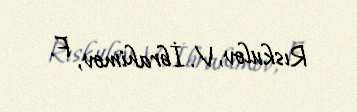
Rıskulov, V. İbrahimov, F.